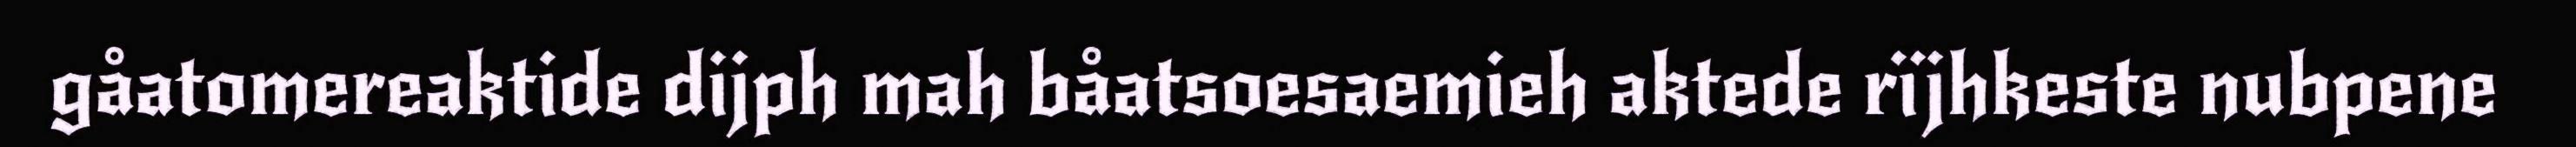
gåatomereaktide dijph mah båatsoesaemieh aktede rïjhkeste nubpene